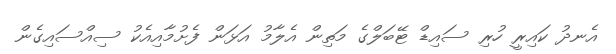
އެނދު ކައިރީ ހުރި ސައިޑް ޓޭބަލްގެ މަތިން އެލާމު އަޅަން ފެށުމާއިއެކު ސިއްސައިގެން